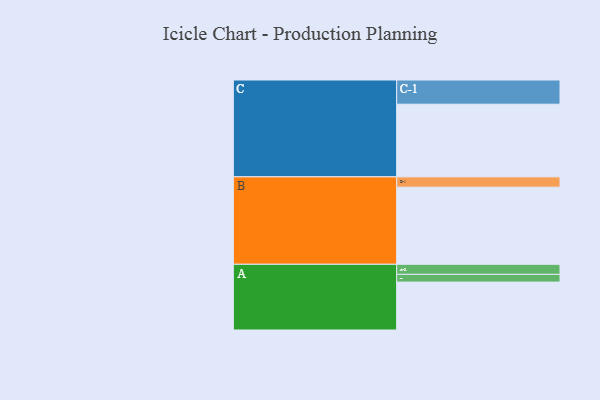
{"axis": {"x": "Segment", "y": "Value"}, "legend": ["", "A", "B", "C"], "data": [{"x": "A", "y": 372, "type": ""}, {"x": "B", "y": 599, "type": ""}, {"x": "C", "y": 564, "type": ""}, {"x": "A-1", "y": 60, "type": "A"}, {"x": "A-2", "y": 78, "type": "A"}, {"x": "B-1", "y": 80, "type": "B"}, {"x": "C-1", "y": 188, "type": "C"}]}